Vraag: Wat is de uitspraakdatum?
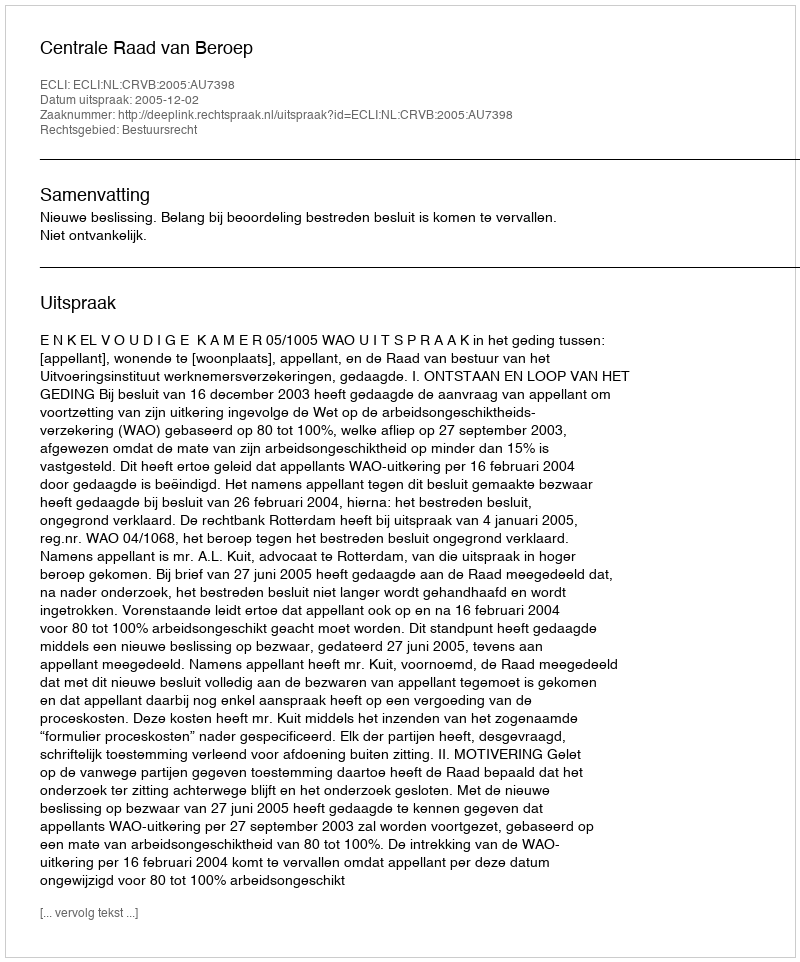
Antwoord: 2005-12-02